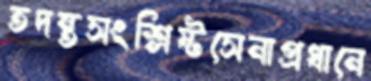
তদন্তসংশ্লিষ্টসেনাপ্রধানে